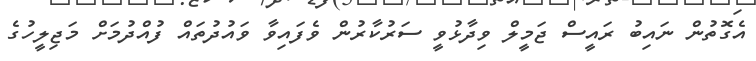
އެގޮތުން ނައިބު ރައީސް ޖަމީލް ވިދާޅުވީ ސަރުކާރުން ވެފައިވާ ވައުދުތައް ފުއްދުމަށް މަޖިލީހުގެ